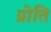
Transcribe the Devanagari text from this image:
प्रोति